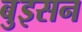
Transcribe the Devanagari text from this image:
बुइसन